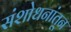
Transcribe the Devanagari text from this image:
संशोधनांतून